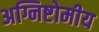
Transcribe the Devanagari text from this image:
अग्निष्टोमीय